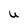
Character: U